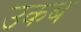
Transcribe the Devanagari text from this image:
उकब